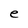
Character: e